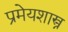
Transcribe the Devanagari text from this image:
प्रमेयशास्त्र